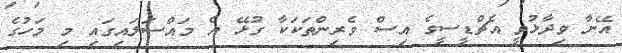
އޭނާ ވިދާޅުވީ އެޗްޑީސީގެ އިސް ވެރިންތަކަކާ ގުޅޭ އެ މައްސަލައިގައި މި މަހުގެ